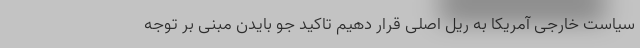
سیاست خارجی آمریکا به ریل اصلی قرار دهیم تاکید جو بایدن مبنی بر توجه